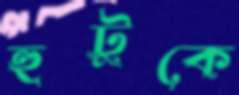
হুটুকে